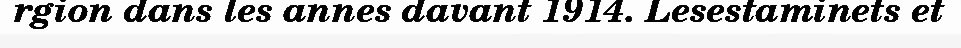
rgion dans les annes davant 1914. Lesestaminets et